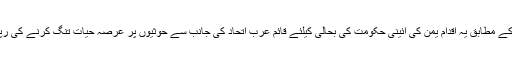
غیرملکی خبررساں ادارے کے مطابق یہ اقدام یمن کی آئینی حکومت کی بحالی کیلئے قائم عرب اتحاد کی جانب سے حوثیوں پر عرصہ حیات تنگ کرنے کی رپورٹوں کے بعد کیا گیا ہے۔